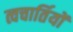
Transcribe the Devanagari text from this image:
त्वचार्तियों